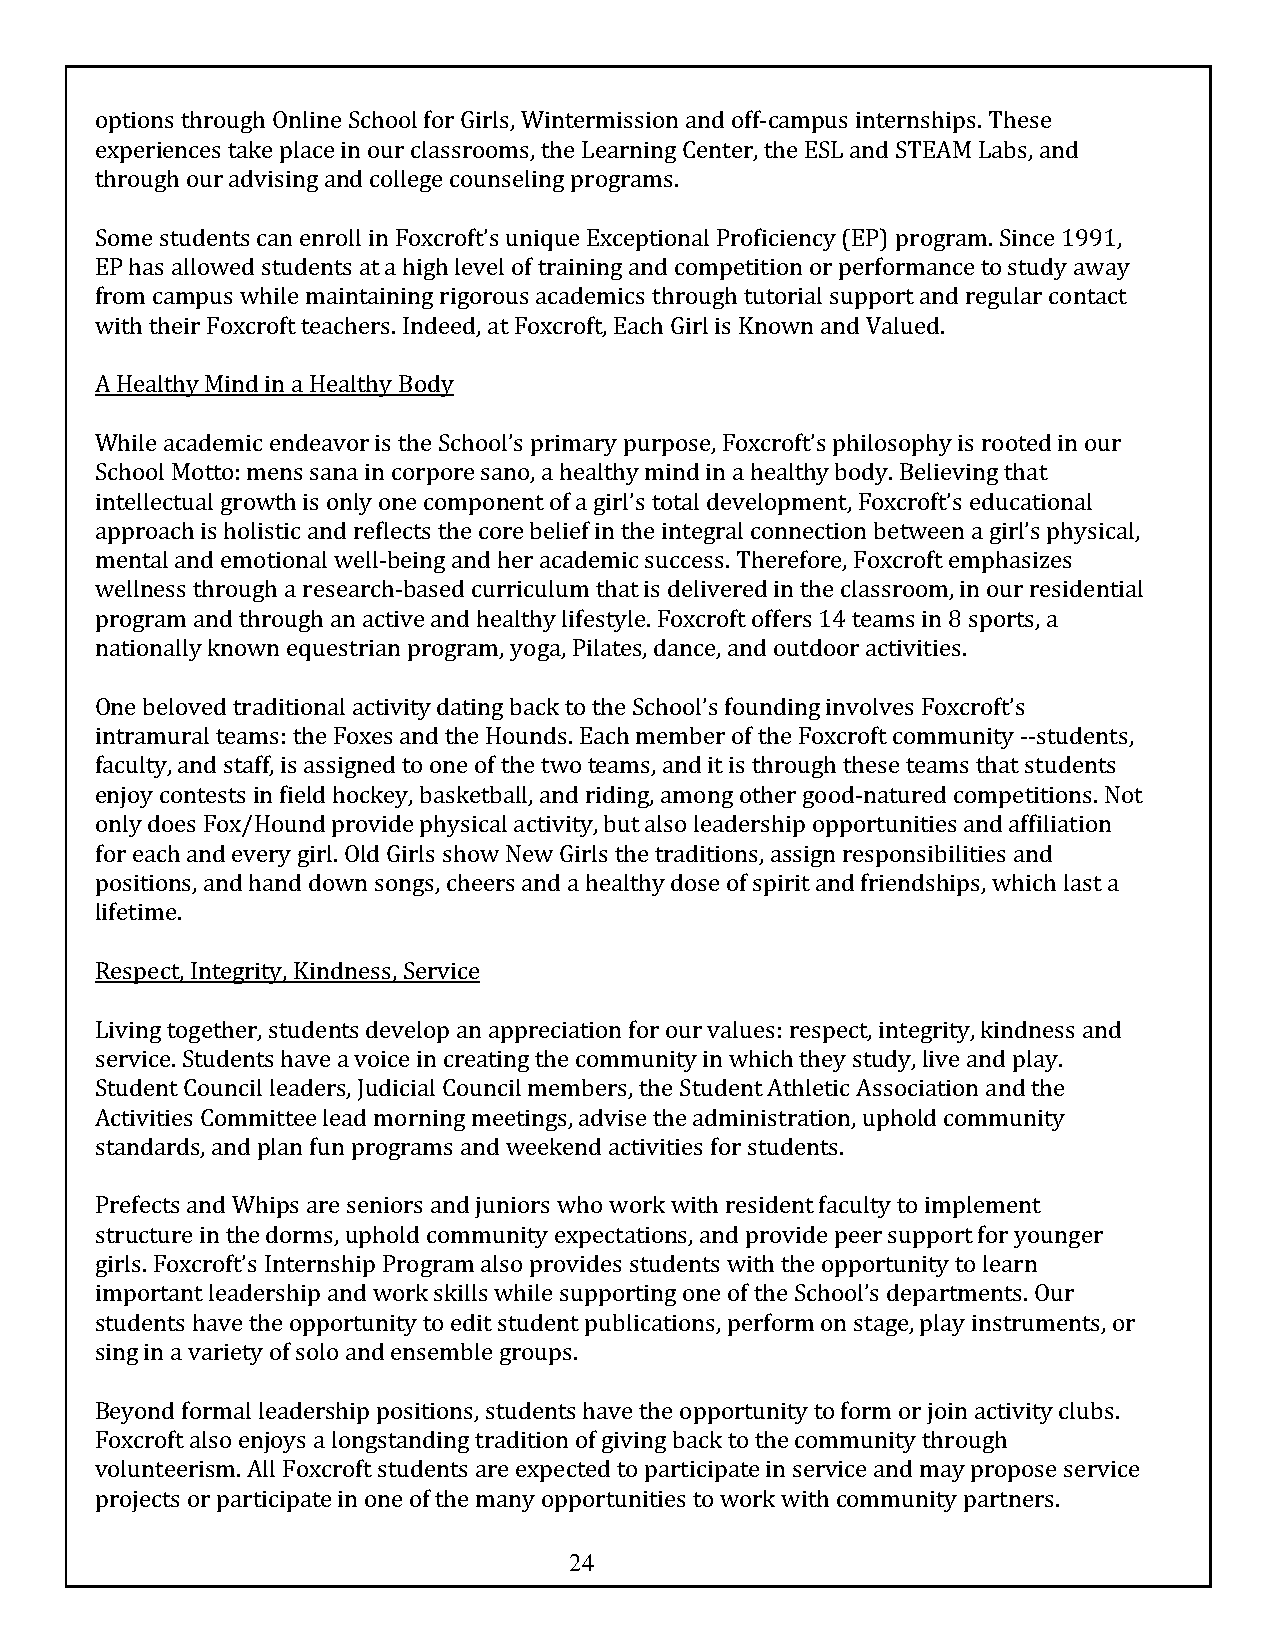
options through Online School for Girls, Wintermission and off-campus internships. These
 experiences take place in our classrooms, the Learning Center, the ESL and STEAM Labs, and
 through our advising and college counseling programs.
 Some students can enroll in Foxcroft’s unique Exceptional Proficiency (EP) program. Since 1991,
 EP has allowed students at a high level of training and competition or performance to study away
 from campus while maintaining rigorous academics through tutorial support and regular contact
 with their Foxcroft teachers. Indeed, at Foxcroft, Each Girl is Known and Valued.
 A Healthy Mind in a Healthy Body
 While academic endeavor is the School’s primary purpose, Foxcroft’s philosophy is rooted in our
 School Motto: mens sana in corpore sano, a healthy mind in a healthy body. Believing that
 intellectual growth is only one component of a girl’s total development, Foxcroft’s educational
 approach is holistic and reflects the core belief in the integral connection between a girl’s physical,
 mental and emotional well-being and her academic success. Therefore, Foxcroft emphasizes
 wellness through a research-based curriculum that is delivered in the classroom, in our residential
 program and through an active and healthy lifestyle. Foxcroft offers 14 teams in 8 sports, a
 nationally known equestrian program, yoga, Pilates, dance, and outdoor activities.
 One beloved traditional activity dating back to the School’s founding involves Foxcroft’s
 intramural teams: the Foxes and the Hounds. Each member of the Foxcroft community --students,
 faculty, and staff, is assigned to one of the two teams, and it is through these teams that students
 enjoy contests in field hockey, basketball, and riding, among other good-natured competitions. Not
 only does Fox/Hound provide physical activity, but also leadership opportunities and affiliation
 for each and every girl. Old Girls show New Girls the traditions, assign responsibilities and
 positions, and hand down songs, cheers and a healthy dose of spirit and friendships, which last a
 lifetime.
 Respect, Integrity, Kindness, Service
 Living together, students develop an appreciation for our values: respect, integrity, kindness and
 service. Students have a voice in creating the community in which they study, live and play.
 Student Council leaders, Judicial Council members, the Student Athletic Association and the
 Activities Committee lead morning meetings, advise the administration, uphold community
 standards, and plan fun programs and weekend activities for students.
 Prefects and Whips are seniors and juniors who work with resident faculty to implement
 structure in the dorms, uphold community expectations, and provide peer support for younger
 girls. Foxcroft’s Internship Program also provides students with the opportunity to learn
 important leadership and work skills while supporting one of the School’s departments. Our
 students have the opportunity to edit student publications, perform on stage, play instruments, or
 sing in a variety of solo and ensemble groups.
 Beyond formal leadership positions, students have the opportunity to form or join activity clubs.
 Foxcroft also enjoys a longstanding tradition of giving back to the community through
 volunteerism. All Foxcroft students are expected to participate in service and may propose service
 projects or participate in one of the many opportunities to work with community partners.
 24